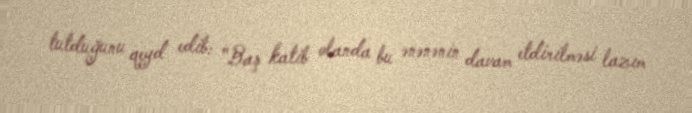
tutduğunu qeyd edib: "Baş katib olanda bu ənənənin davam etdirilməsi lazım